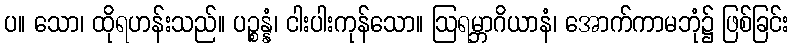
ပ။ သော၊ ထိုရဟန်းသည်။ ပဉ္စန္နံ၊ ငါးပါးကုန်သော။ ဩရမ္ဘာဂိယာနံ၊ အောက်ကာမဘုံ၌ ဖြစ်ခြင်း